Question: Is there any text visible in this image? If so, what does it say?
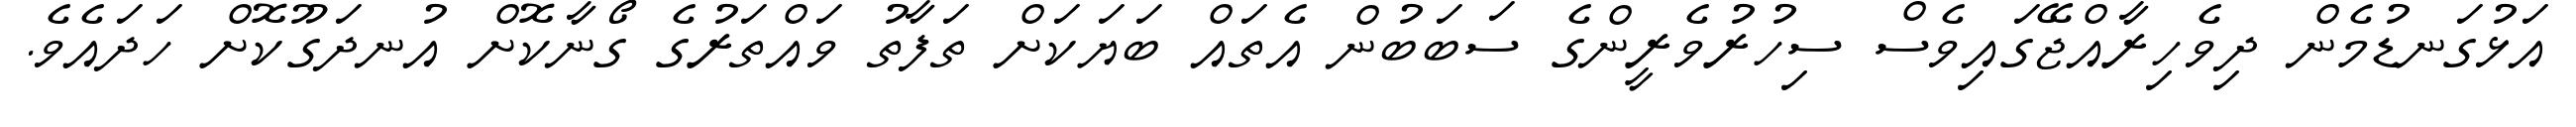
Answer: އަޅުގަނޑުމެން ދިވެހިރާއްޖޭގައިވެސް ސިހުރުވެރީންގެ ސަބަބުން އެތައް ބަޔަކަށް ތަފާތު ވައްތަރުގެ ގޯނާކޮށް އުނދަގޫކޮށް ހަދައެވެ.